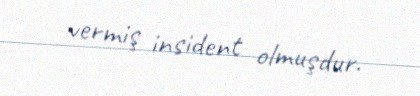
vermiş insident olmuşdur.